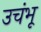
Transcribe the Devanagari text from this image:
उचंभू